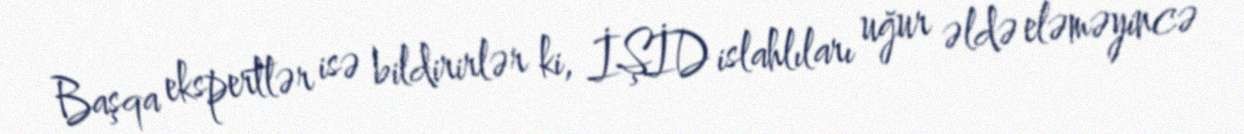
Başqa ekspertlər isə bildirirlər ki, İŞİD islahlıları uğur əldə eləməyincə